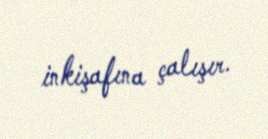
inkişafına çalışır.